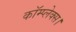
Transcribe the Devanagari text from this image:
कॉम्प्लेक्स।